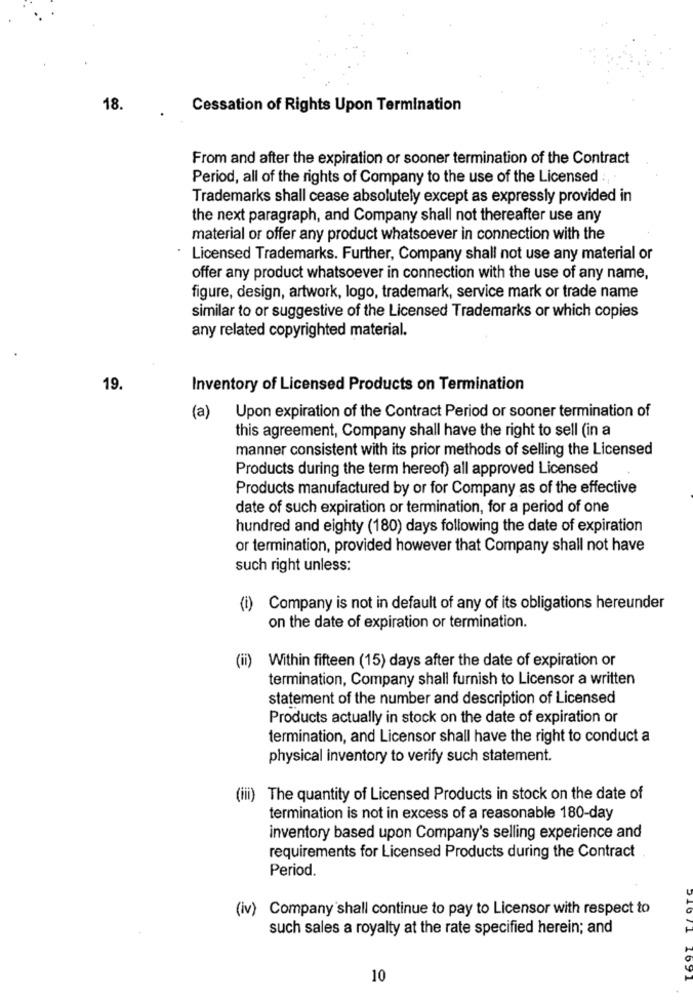
18.
Cessation of Rights Upon Termination
From and after the expiration or sooner termination of the Contract
Period, all of the rights of Company to the use of the Licensed :,
Trademarks shall cease absolutely except as expressly provided in
the next paragraph, and Company shall not thereafter use any
material or offer any product whatsoever in connection with the
Licensed Trademarks. Further, Company shall not use any material or
offer any product whatsoever in connection with the use of any name,
figure, design, artwork, logo, trademark, service mark or trade name
similar to or suggestive of the Licensed Trademarks or which copies
any related copyrighted material.
19.
Inventory of Licensed Products on Termination
(a)
Upon expiration of the Contract Period or sooner termination of
this agreement, Company shall have the right to sell (in a
manner consistent with its prior methods of selling the Licensed
Products during the term hereof) all approved Licensed
Products manufactured by or for Company as of the effective
date of such expiration or termination, for a period of one
hundred and eighty (180) days following the date of expiration
or termination, provided however that Company shall not have
such right unless:
(i)
Company is not in default of any of its obligations hereunder
on the date of expiration or termination.
(ii) Within fifteen (15) days after the date of expiration or
termination, Company shall furnish to Licensor a written
statement of the number and description of Licensed
Products actually in stock on the date of expiration or
termination, and Licensor shall have the right to conduct a
physical inventory to verify such statement.
(iii) The quantity of Licensed Products in stock on the date of
termination is not in excess of a reasonable 180-day
inventory based upon Company's selling experience and
requirements for Licensed Products during the Contract
Period.
(iv) Company shall continue to pay to Licensor with respect to
such sales a royalty at the rate specified herein; and
10
516/1 1691